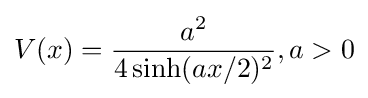
V(x)={\frac {a^{2}}{4\sinh(ax/2)^{2}}},a>0